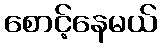
စောင့်နေမယ်